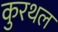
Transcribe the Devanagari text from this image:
कुरथल